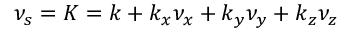
\nu _ { s } = K = k + k _ { x } \nu _ { x } + k _ { y } \nu _ { y } + k _ { z } \nu _ { z }